system: You are a helpful assistant.
user:
Analyze the provided spectrum to determine if it is a **White Dwarf (WD)**.

A White Dwarf spectrum is defined by its **extreme purity** (due to gravitational settling) and/or **extreme pressure broadening** (due to high surface gravity). You must check for one of the following mutually exclusive signatures:

- **Key Visual Indicators (Check for ONE of these types):**

    - **1. DA-Type Signature (Most Common):**
        - **(Primary Feature):** Extreme pressure broadening (Stark broadening) of the **Hydrogen (H) Balmer lines**.
        - **(Key Lines):** $H\beta$ (approx. $4861$ Å) and $H\gamma$ (approx. $4340$ Å). $H\alpha$ (approx. $6563$ Å) will also be present if the wavelength range covers it.
        - **(Line Profile):** This is the **defining feature**. The lines are **NOT** sharp. They appear as massive, **extremely broad and deep "troughs" or "dips"** in the spectrum, often hundreds of Ångströms wide. The continuum will appear to "scoop" down at these wavelengths.
        - **(Distinction):** Normal A-type or B-type stars have *narrow* and *sharp* Hydrogen lines. A DA White Dwarf's lines are unmistakably "smeared" or "blurry" from pressure.

    - **2. DB-Type Signature:**
        - **(Primary Feature):** Broad absorption lines from **Neutral Helium (He I)**. The spectrum must lack any visible Hydrogen lines.
        - **(Key Lines):** Look for broad absorption near $4471$ Å, $4921$ Å, and $5876$ Å.
        - **(Line Profile):** These lines are also significantly pressure-broadened, appearing much wider than they would in a normal B-type main-sequence star.

    - **3. DC-Type Signature:**
        - **(Primary Feature):** A **featureless continuous spectrum**.
        - **(Line Profile):** The spectrum is a smooth curve with **no significant absorption or emission lines**.
        - **(Key Confirmation):** The continuum is almost always **blue or white**, indicating a hot object. This signature implies the atmosphere is so pure (or so cool) that no spectral lines are visible in the optical range. Its WD identity is confirmed by its extremely low intrinsic brightness (high absolute magnitude).

    - **4. DZ-Type Signature (Metal-Polluted):**
        - **(Primary Feature):** **Isolated, narrow metal absorption lines** on an otherwise featureless (DC-like) continuum.
        - **(Key Lines):** The **Calcium (Ca II) H & K doublet** (approx. **$3934$ Å** and **$3968$ Å**) is the most common and defining feature.
        - **(Line Profile):** These lines are "out of place." They are *not* part of a "forest" of thousands of lines. This signature is evidence of recent *accretion* (pollution) from rocky debris.
        - **(Distinction):** Normal G/K/M stars have a *dense forest* of thousands of metal lines. A DZ has a *clean* continuum with *only a few* strong metal lines.

    - **5. DQ-Type Signature (Carbon-Polluted):**
        - **(Primary Feature):** Absorption bands from **Carbon (C₂ "Swan Bands" or atomic C I)**.
        - **(Key Lines - C₂):** Look for bandheads with a "saw-tooth" shape near $5635$ Å, **$5165$ Å** (strongest), and $4737$ Å.
        - **(Key Confirmation):** The underlying **continuum must be blue or white** (hot).
        - **(Distinction):** This is the critical difference from a **Carbon Star**, which has the *exact same* C₂ bands but on an extremely **red, cool** continuum.

- **(Overall Spectrum):**
    - The continuum (overall shape) is typically **blue-sloping** (brighter in the blue than the red), as most white dwarfs are very hot.
    - The spectrum will look "pure" or "simple," dominated by only *one* of the five signatures listed above.

Think first, call **spectral_visualization_tool** if needed to examine features in detail, then provide your final answer. Your response must adhere to the following strict rules:
1.  **Overall Structure:** Your response must follow the format `<think>...</think> <tool_call>...</tool_call> (if a tool is used) <answer>...</answer>`.
2.  **Tool Usage Constraint:** You may only make **one** tool call per turn.
3.  **Final Answer Format:** In the `<answer>` tag, your conclusion must be inside a `\boxed{}` command (e.g., `\boxed{YES}` or `\boxed{NO}`), followed by your justification.

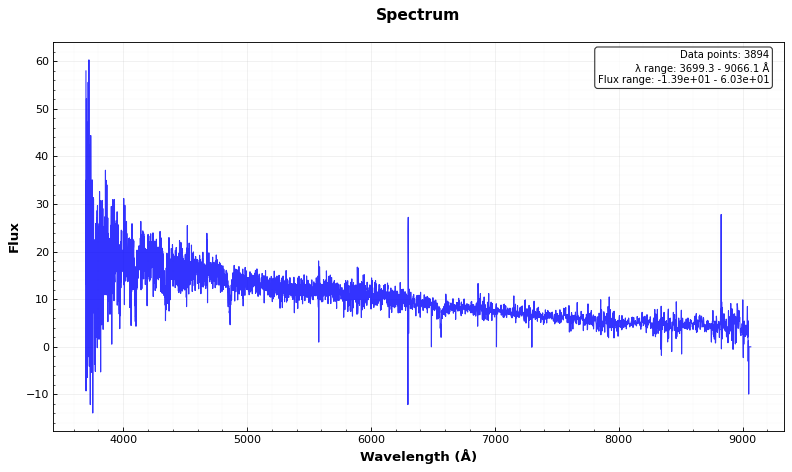
Answer: YES